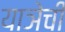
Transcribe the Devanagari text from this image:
याञेची